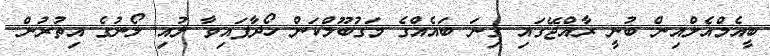
ބީއެމްއެލްއިން ބުނީ ރާއްޖޭގައި ގިނަ ބައެއްގެ މަގުބޫލްކަން ހޯދާފައިވާ ލުއި ލޯނުގެ އިތުރުން